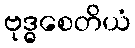
ဗုဒ္ဓစေတိယံ